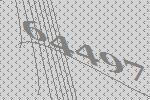
64497